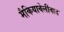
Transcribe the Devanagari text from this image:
मैकियावेलीवाद